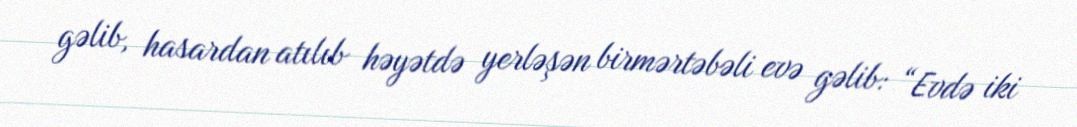
gəlib, hasardan atılıb həyətdə yerləşən birmərtəbəli evə gəlib: “Evdə iki